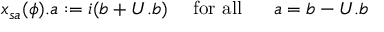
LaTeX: x _ { s a } ( \phi ) . a : = i ( b + U . b ) \mathrm { \quad ~ f o r ~ a l l ~ \quad ~ } a = b - U . b